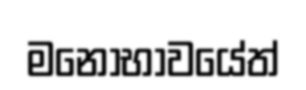
මනෝභාවයේත්